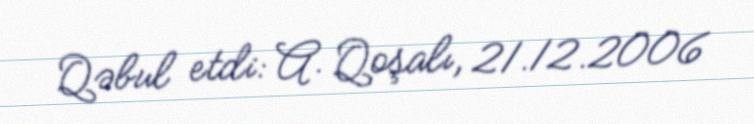
Qəbul etdi: A. Qoşalı, 21.12.2006